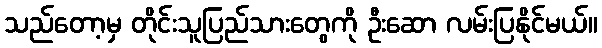
သည်တော့မှ တိုင်းသူပြည်သားတွေကို ဦးဆော လမ်းပြနိုင်မယ်။